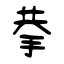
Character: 拲